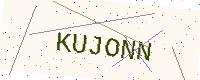
Text: KUJONN